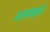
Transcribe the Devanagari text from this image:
शलयकर्म